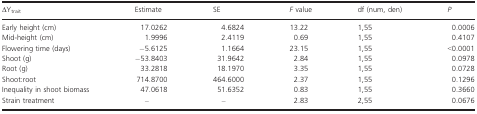
<table><thead><tr><td><b>ΔY<sub>trait</sub></b></td><td><b>Estimate</b></td><td><b>SE</b></td><td><b><i>F</i> value</b></td><td><b>df (num, den)</b></td><td><b><i>P</i></b></td></tr></thead><tbody><tr><td>Early height (cm)</td><td>17.0262</td><td>4.6824</td><td>13.22</td><td>1,55</td><td>0.0006</td></tr><tr><td>Mid-height (cm)</td><td>1.9996</td><td>2.4119</td><td>0.69</td><td>1,55</td><td>0.4107</td></tr><tr><td>Flowering time (days)</td><td>−5.6125</td><td>1.1664</td><td>23.15</td><td>1,55</td><td>&lt;0.0001</td></tr><tr><td>Shoot (g)</td><td>−53.8403</td><td>31.9642</td><td>2.84</td><td>1,55</td><td>0.0978</td></tr><tr><td>Root (g)</td><td>33.2818</td><td>18.1970</td><td>3.35</td><td>1,55</td><td>0.0728</td></tr><tr><td>Shoot:root</td><td>714.8700</td><td>464.6000</td><td>2.37</td><td>1,55</td><td>0.1296</td></tr><tr><td>Inequality in shoot biomass</td><td>47.0618</td><td>51.6352</td><td>0.83</td><td>1,55</td><td>0.3660</td></tr><tr><td>Strain treatment</td><td>–</td><td>–</td><td>2.83</td><td>2,55</td><td>0.0676</td></tr></tbody></table>